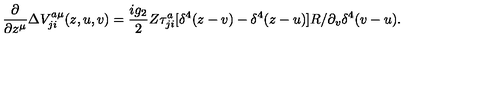
\frac { \partial } { \partial z ^ { \mu } } \Delta V _ { j i } ^ { a \mu } ( z , u , v ) = \frac { i g _ { 2 } } { 2 } Z \tau _ { j i } ^ { a } [ \delta ^ { 4 } ( z - v ) - \delta ^ { 4 } ( z - u ) ] R / \partial _ { v } \delta ^ { 4 } ( v - u ) .